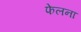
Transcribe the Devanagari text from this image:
फेलना